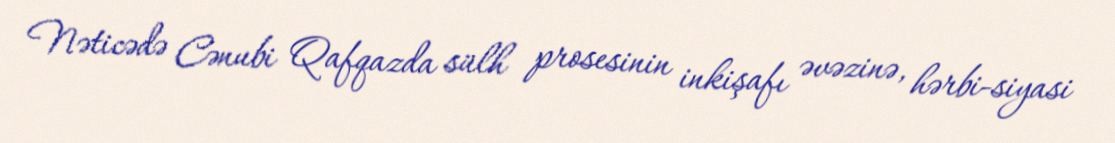
Nəticədə Cənubi Qafqazda sülh prosesinin inkişafı əvəzinə, hərbi-siyasi